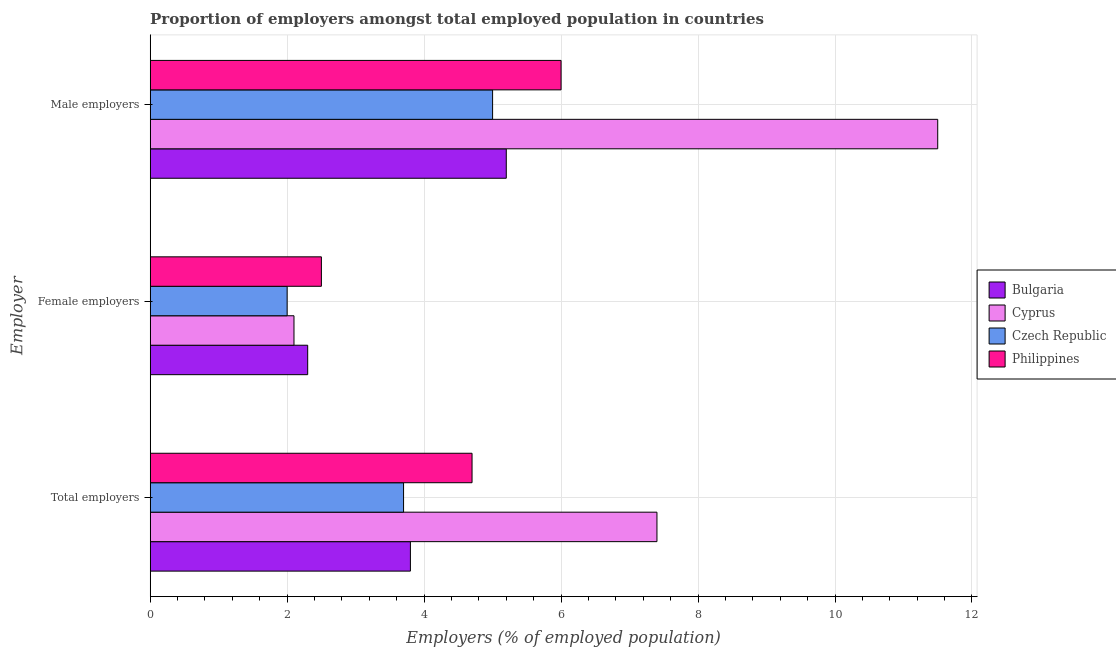
| Employer | Bulgaria | Cyprus | Czech Republic | Philippines |
 | --- | --- | --- | --- | --- |
 | Total employers | 3.8 | 7.4 | 3.7 | 4.7 |
 | Female employers | 2.3 | 2.1 | 2 | 2.5 |
 | Male employers | 5.2 | 11.5 | 5 | 6 |